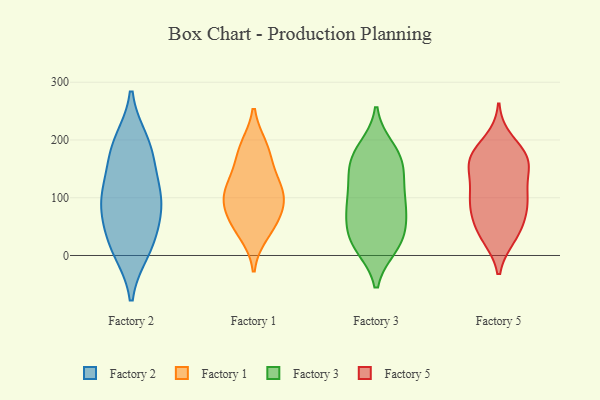
{"axis": {"x": "Website Visitors", "y": "Value"}, "legend": ["Factory 1", "Factory 2", "Factory 3", "Factory 5"], "data": [{"x": "", "y": 105, "type": "Factory 2"}, {"x": "", "y": 34, "type": "Factory 2"}, {"x": "", "y": 170, "type": "Factory 2"}, {"x": "", "y": 11, "type": "Factory 2"}, {"x": "", "y": 195, "type": "Factory 2"}, {"x": "", "y": 94, "type": "Factory 2"}, {"x": "", "y": 88, "type": "Factory 2"}, {"x": "", "y": 20, "type": "Factory 2"}, {"x": "", "y": 101, "type": "Factory 2"}, {"x": "", "y": 183, "type": "Factory 2"}, {"x": "", "y": 55, "type": "Factory 1"}, {"x": "", "y": 188, "type": "Factory 1"}, {"x": "", "y": 153, "type": "Factory 1"}, {"x": "", "y": 62, "type": "Factory 1"}, {"x": "", "y": 104, "type": "Factory 1"}, {"x": "", "y": 123, "type": "Factory 1"}, {"x": "", "y": 38, "type": "Factory 1"}, {"x": "", "y": 86, "type": "Factory 1"}, {"x": "", "y": 185, "type": "Factory 1"}, {"x": "", "y": 114, "type": "Factory 1"}, {"x": "", "y": 98, "type": "Factory 1"}, {"x": "", "y": 16, "type": "Factory 3"}, {"x": "", "y": 83, "type": "Factory 3"}, {"x": "", "y": 42, "type": "Factory 3"}, {"x": "", "y": 176, "type": "Factory 3"}, {"x": "", "y": 90, "type": "Factory 3"}, {"x": "", "y": 21, "type": "Factory 3"}, {"x": "", "y": 62, "type": "Factory 3"}, {"x": "", "y": 139, "type": "Factory 3"}, {"x": "", "y": 170, "type": "Factory 3"}, {"x": "", "y": 165, "type": "Factory 3"}, {"x": "", "y": 121, "type": "Factory 3"}, {"x": "", "y": 17, "type": "Factory 3"}, {"x": "", "y": 185, "type": "Factory 3"}, {"x": "", "y": 79, "type": "Factory 3"}, {"x": "", "y": 146, "type": "Factory 3"}, {"x": "", "y": 97, "type": "Factory 3"}, {"x": "", "y": 30, "type": "Factory 3"}, {"x": "", "y": 168, "type": "Factory 5"}, {"x": "", "y": 164, "type": "Factory 5"}, {"x": "", "y": 85, "type": "Factory 5"}, {"x": "", "y": 109, "type": "Factory 5"}, {"x": "", "y": 106, "type": "Factory 5"}, {"x": "", "y": 100, "type": "Factory 5"}, {"x": "", "y": 34, "type": "Factory 5"}, {"x": "", "y": 176, "type": "Factory 5"}, {"x": "", "y": 38, "type": "Factory 5"}, {"x": "", "y": 73, "type": "Factory 5"}, {"x": "", "y": 199, "type": "Factory 5"}, {"x": "", "y": 88, "type": "Factory 5"}, {"x": "", "y": 32, "type": "Factory 5"}, {"x": "", "y": 162, "type": "Factory 5"}, {"x": "", "y": 133, "type": "Factory 5"}, {"x": "", "y": 158, "type": "Factory 5"}, {"x": "", "y": 56, "type": "Factory 5"}, {"x": "", "y": 165, "type": "Factory 5"}]}